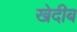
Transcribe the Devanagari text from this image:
खेदीब